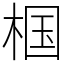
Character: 椢